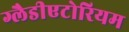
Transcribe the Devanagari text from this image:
ग्लैडीएटोरियम